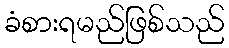
ခံစားရမည်ဖြစ်သည်